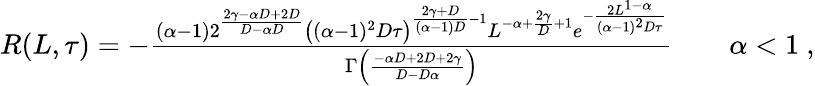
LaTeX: \begin{array}{r}{R(L,\tau)=-\frac{(\alpha-1)2^{\frac{2\gamma-\alpha D+2D}{D-\alpha D}}\left((\alpha-1)^{2}D\tau\right)^{\frac{2\gamma+D}{(\alpha-1)D}-1}L^{-\alpha+\frac{2\gamma}{D}+1}e^{-\frac{2L^{1-\alpha}}{(\alpha-1)^{2}D\tau}}}{\Gamma\left(\frac{-\alpha D+2D+2\gamma}{D-D\alpha}\right)}\qquad\alpha<1\ ,}\end{array}